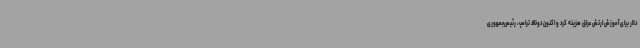
دلار برای آموزش ارتش عراق هزینه کرد و اکنون دونالد ترامپ، رئیس‌جمهوری